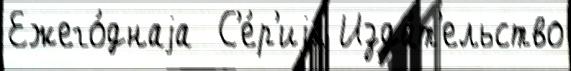
Ежего́днаjа  С'е́р'иjа Изда́т'ельство